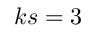
k s = 3